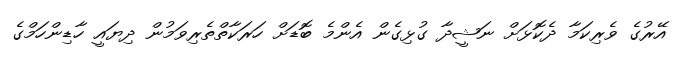
އޭރުގެ ވެރިކަމާ ދެކޮޅަށް ނަޝީދާ ގުޅިގެން އެންމެ ބޮޑަށް ހަރަކާތްތެރިވަމުން ދިޔައީ ހާޑިންހަމްގެ